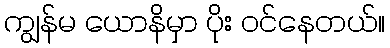
ကျွန်မ ယောနိမှာ ပိုး ဝင်နေတယ်။